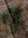
و